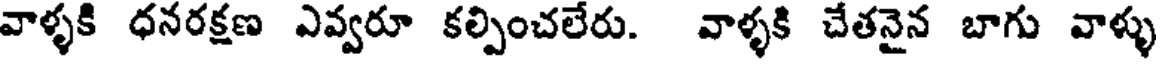
వాళ్ళకి ధనరక్షణ ఎవ్వరూ కల్పించలేరు. వాళ్ళకి చేతనైన బాగు వాళ్ళు